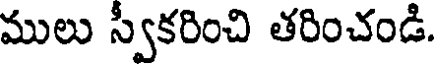
ములు స్వీకరించి తరించండి.